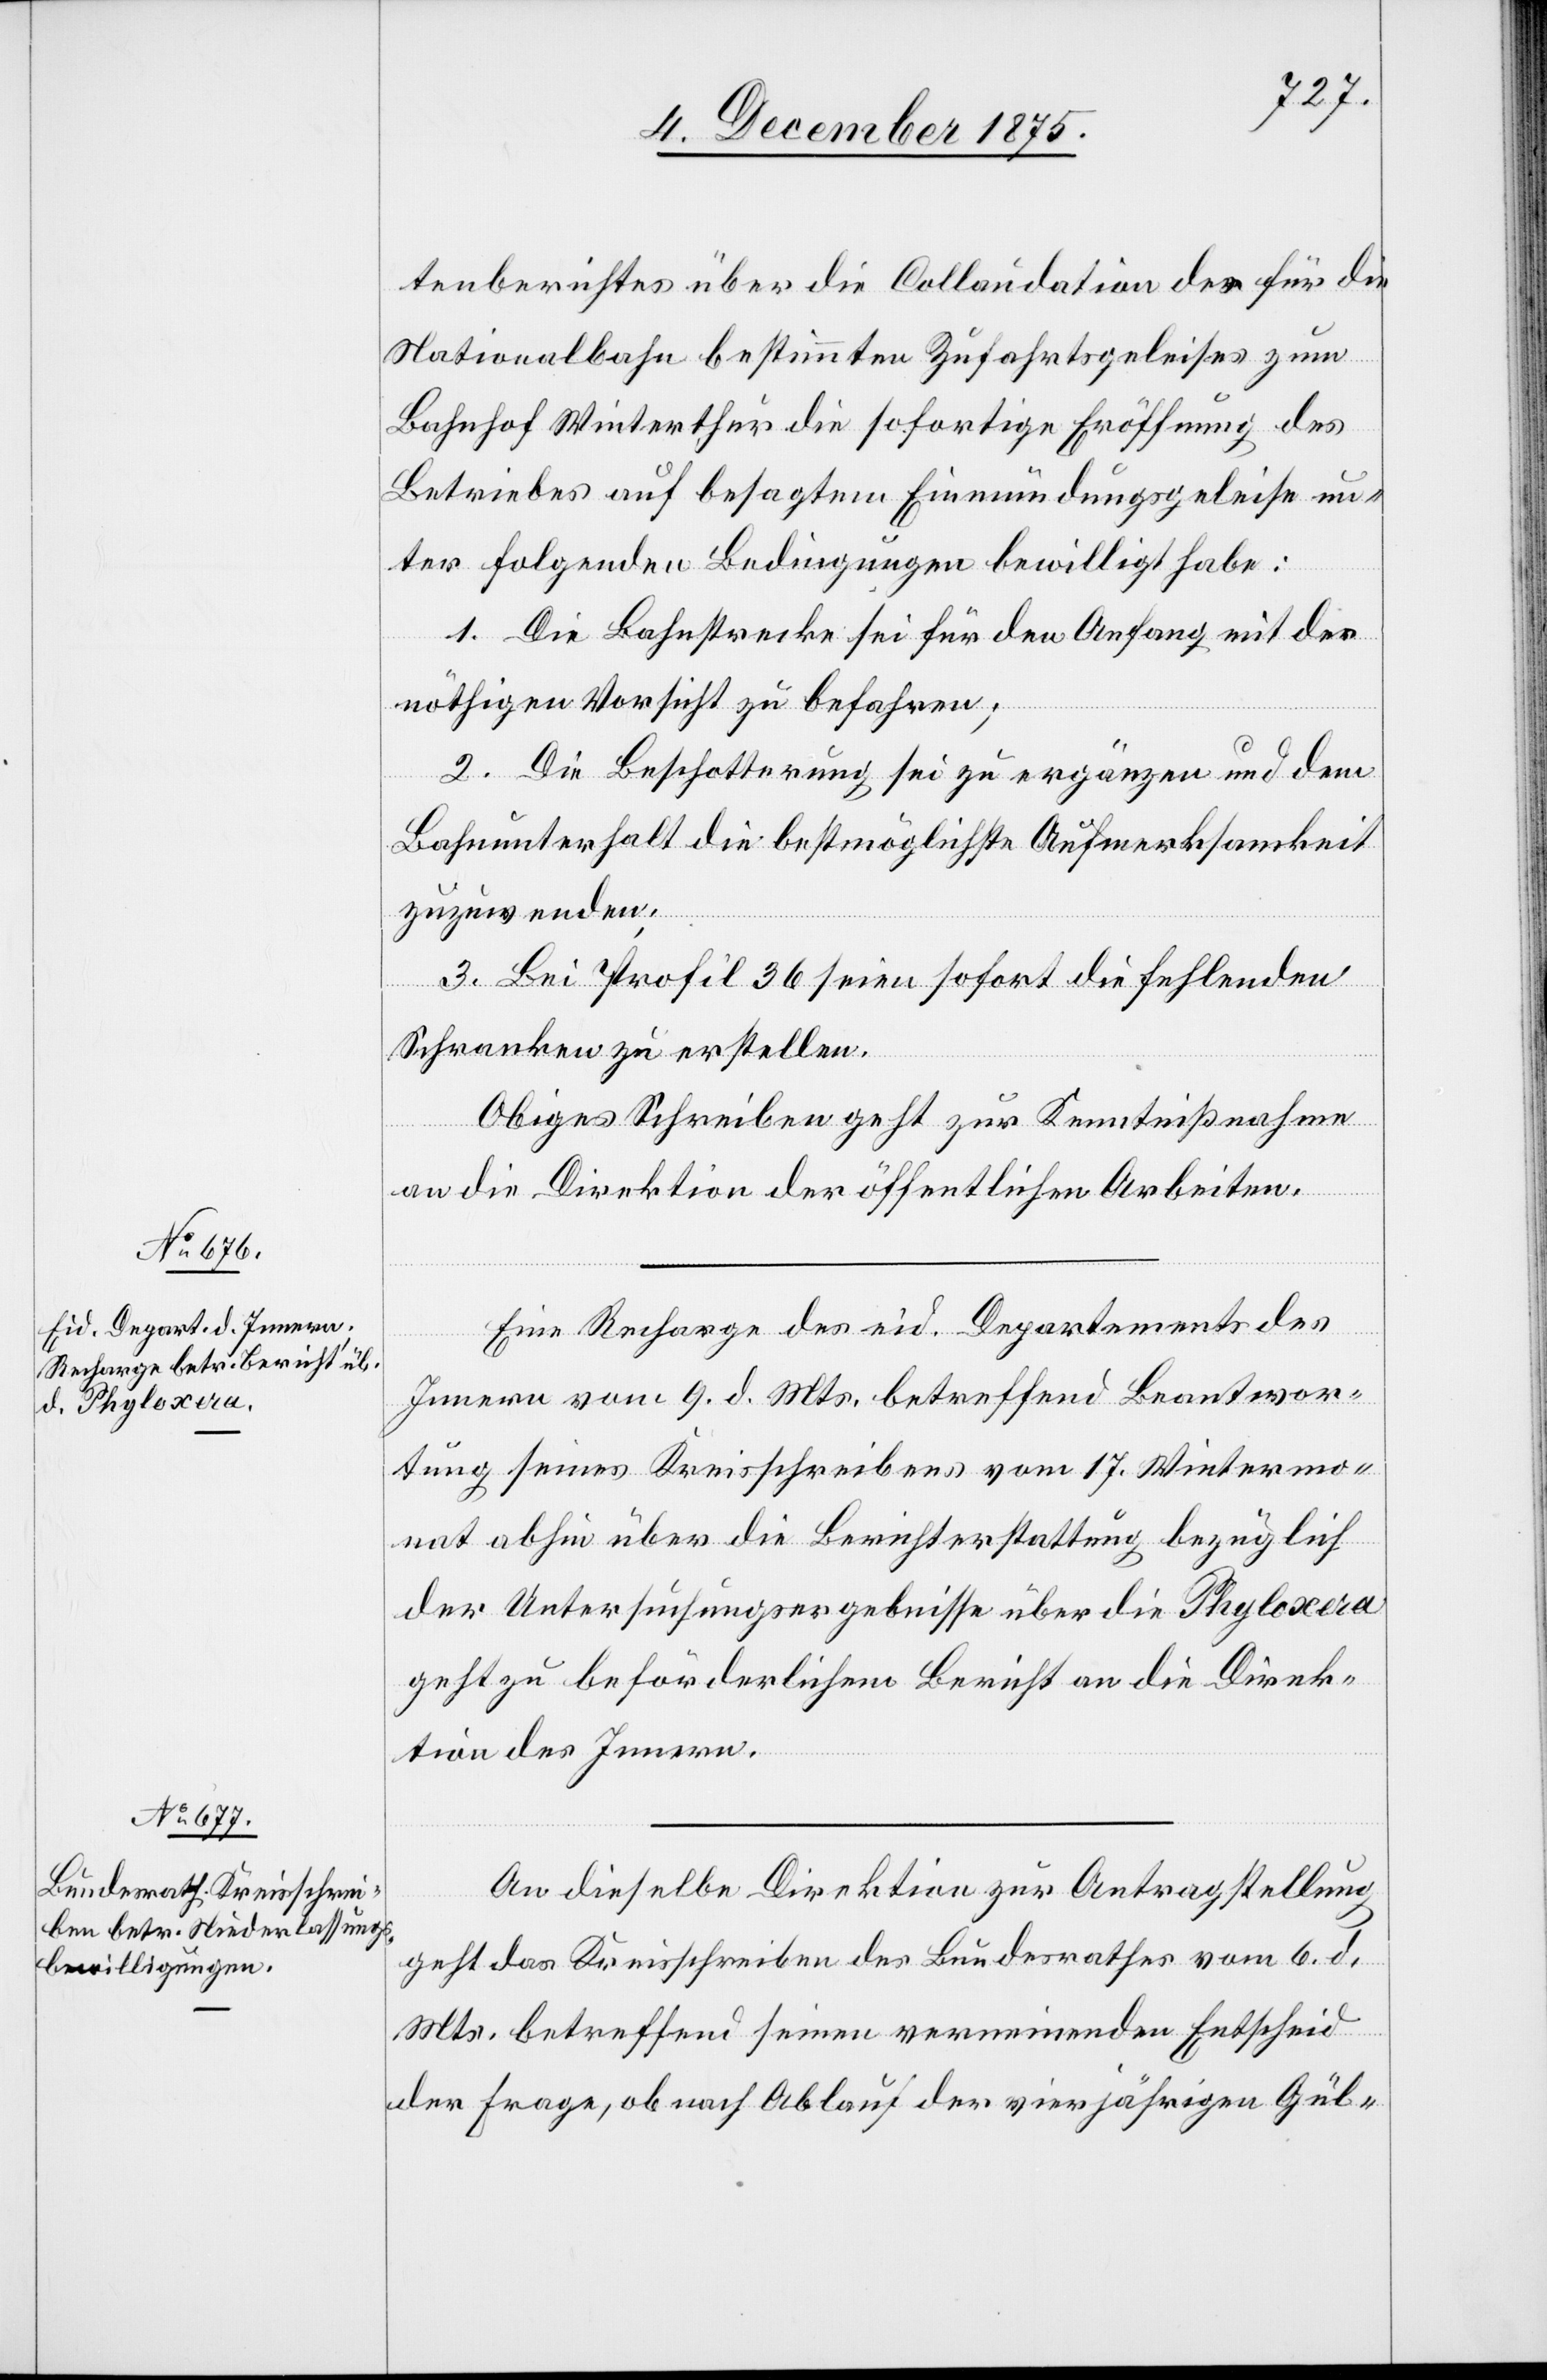
10. December 1875.]
tenberichtes über die Collaudation des für die
Nationalbahn bestimmten Zufahrtsgeleises zum
Bahnhof Winterthur die sofortige Eröffnung des
Betriebes auf besagtem Einmündungsgeleise un¬
ter folgenden Bedingungen bewilligt habe:
1. Die Bahnstrecke sei für den Anfang mit der
nöthigen Vorsicht zu befahren;
2. Die Beschotterung sei zu ergänzen und dem
Bahnunterhalt die bestmöglichste Aufmerksamkeit
zuzuwenden;
3. Bei Profil 36 seien sofort die fehlenden
Schranken zu erstellen.
Obiges Schreiben geht zur Kenntnißnahme
an die Direktion der öffentlichen Arbeiten.
Eine Recharge des eid. Departement des
Innern vom 9. d. Mts. betreffend Beantwor¬
tung seines Kreisschreibens vom 17. Wintermo¬
nat abhin über die Berichterstattung bezüglich
der Untersuchungsergebnisse über die Phyloxera
geht zu beförderlichem Bericht an die Direk¬
tion des Innern.
An dieselbe Direktion zur Antragstellung
geht das Kreisschreiben des Bundesrathes vom 6. d.
Mts. betreffend seinen verneinenden Entscheid
der Frage ob nach Ablauf der vierjährigen Gül-